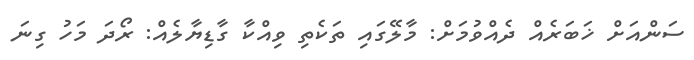
ސަންއަށް ޚަބަރެއް ދެއްވުމަށް: މާލޭގައި ތަކެތި ވިއްކާ ގާޑިޔާލެއް: ރޯދަ މަހު ގިނަ